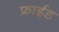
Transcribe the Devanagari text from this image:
फ्राईड